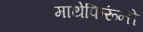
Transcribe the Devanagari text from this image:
माथेफिरूंनी